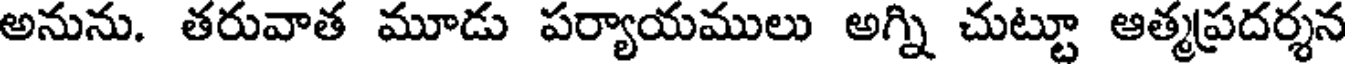
అనును. తరువాత మూడు పర్యాయములు అగ్ని చుట్టూ ఆత్మప్రదర్శన